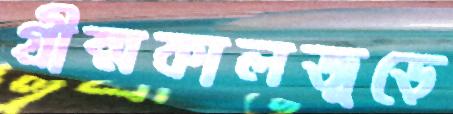
গ্রীষ্মকালজুড়ে